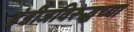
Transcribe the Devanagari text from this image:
इंडीजविरूद्धच्या